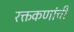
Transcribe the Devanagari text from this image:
रक्तकणांची